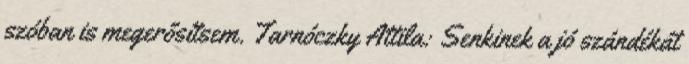
szóban is megerősítsem. Tarnóczky Attila: Senkinek a jó szándékát